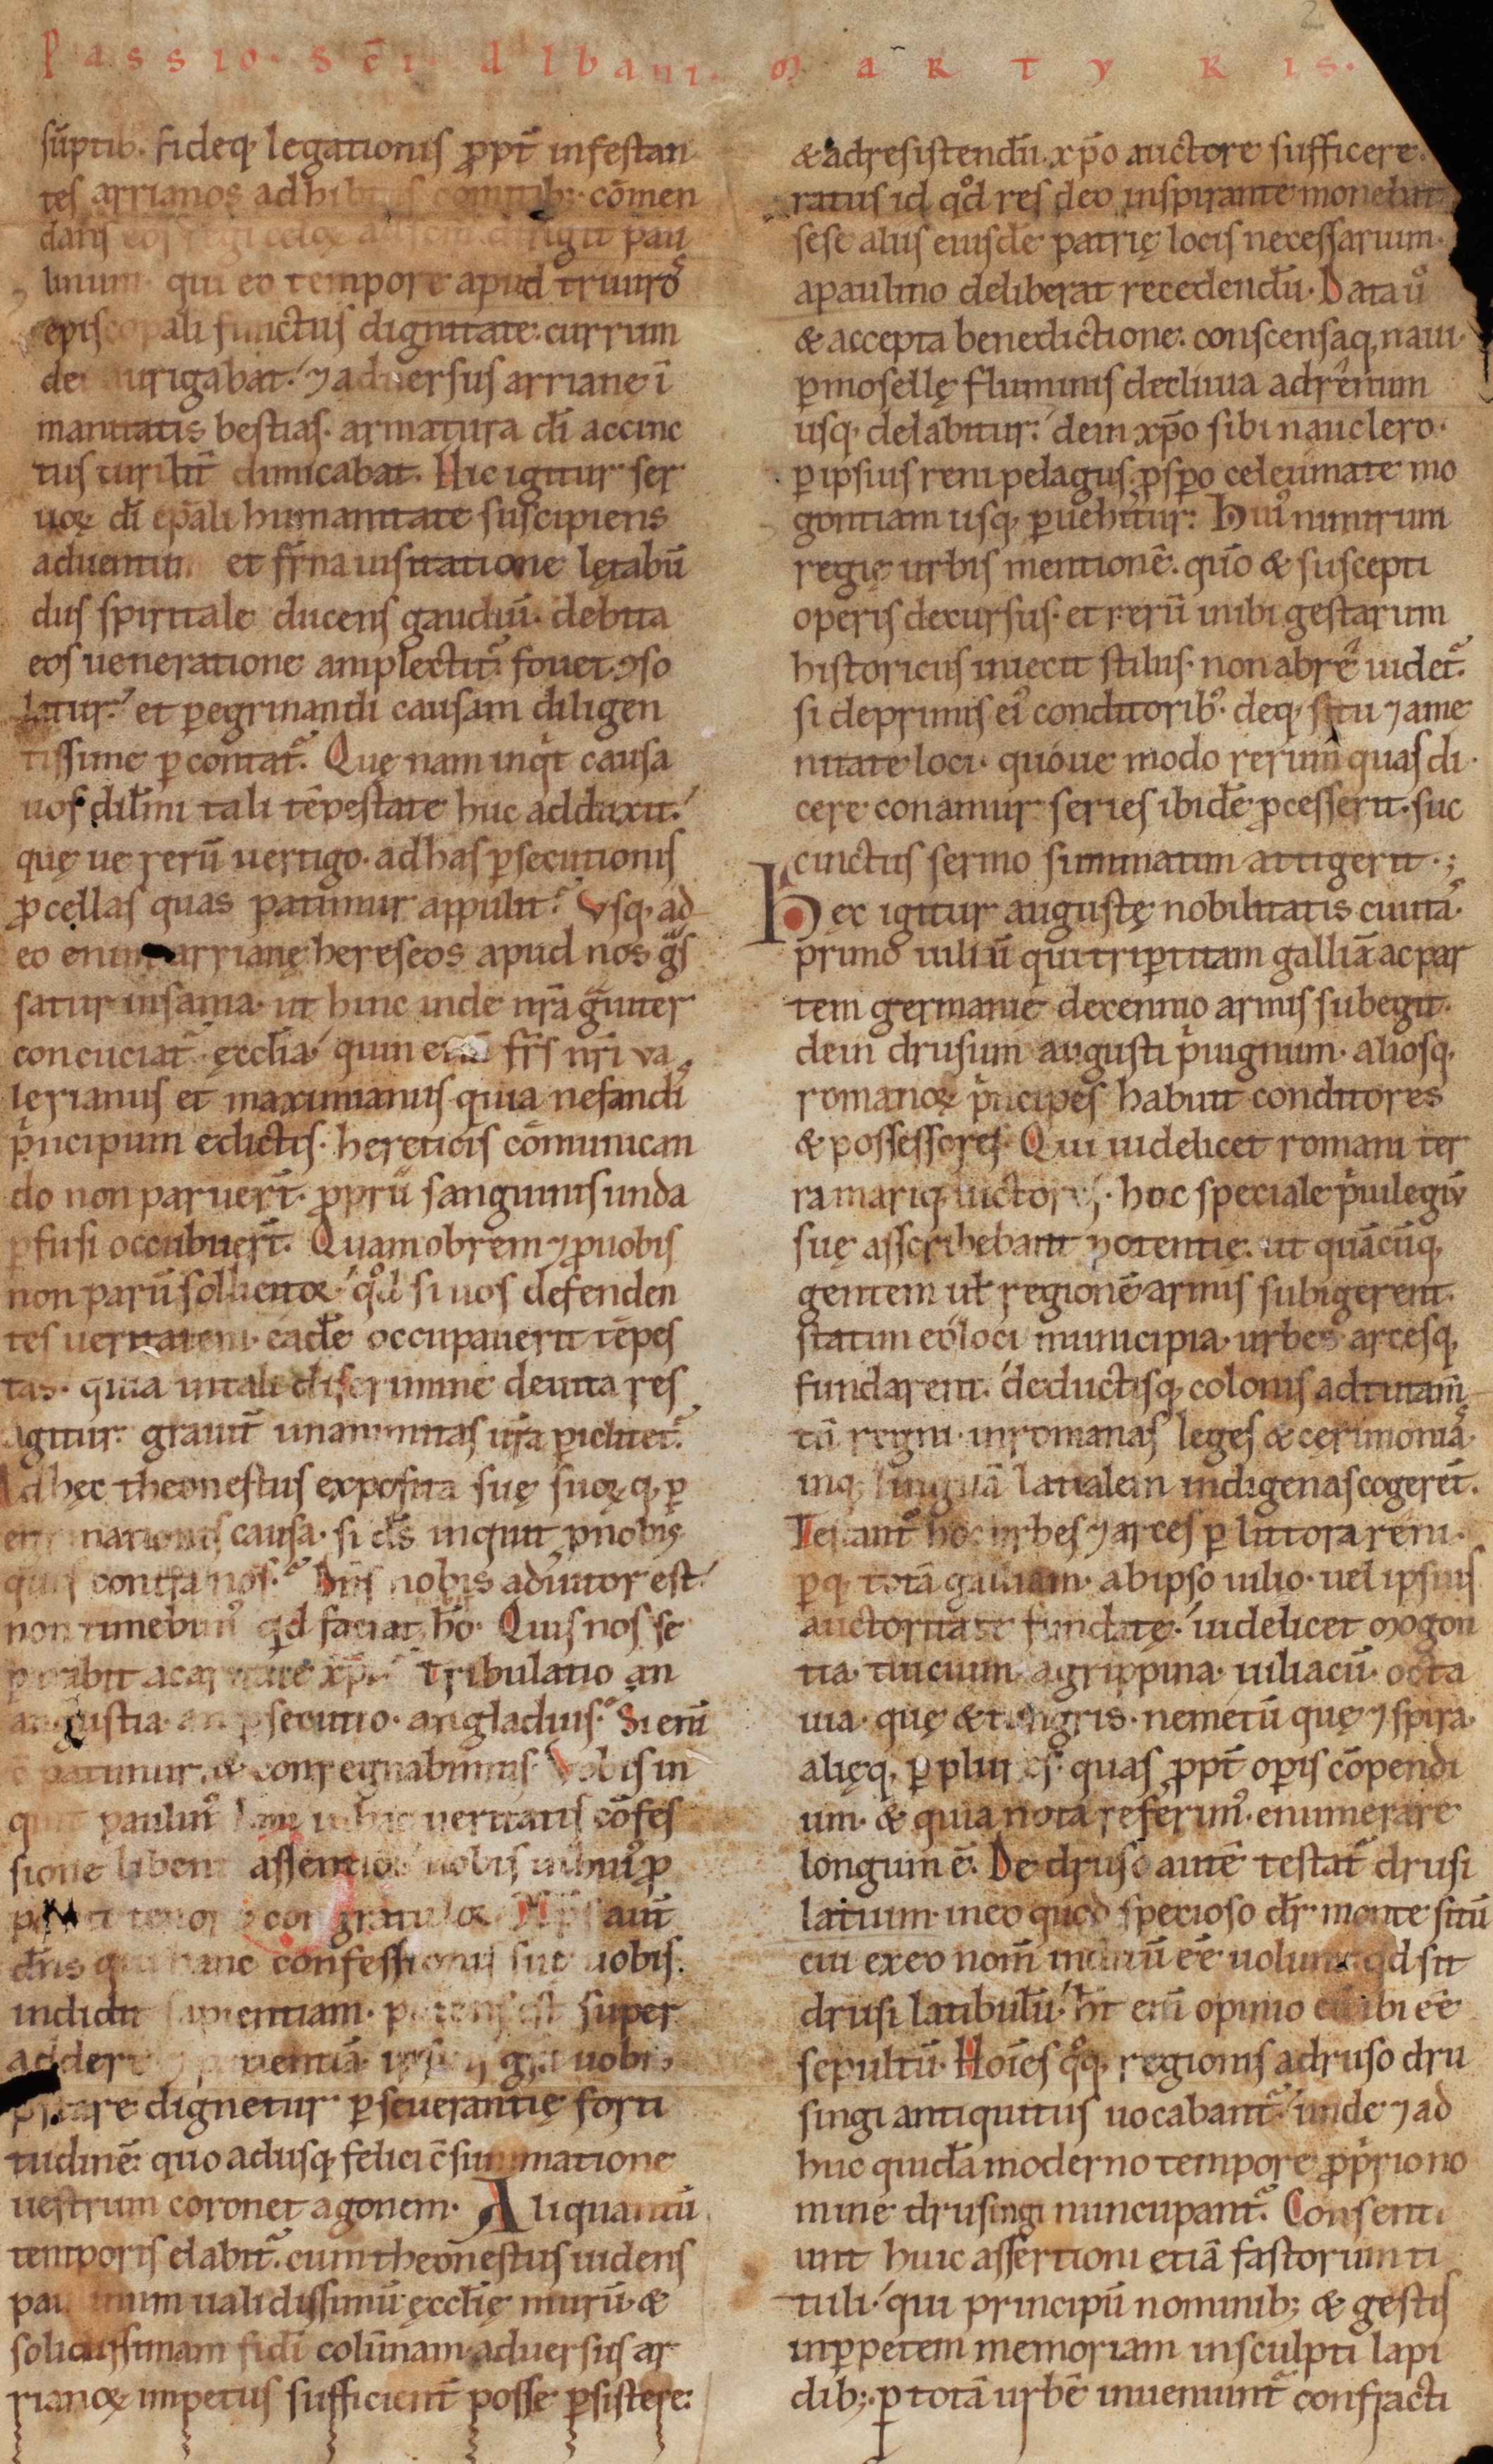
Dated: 1140–1170